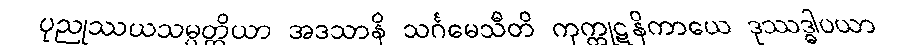
ပုညုဿယသမ္ပတ္တိယာ အဒသာနိ သင်္ဂမေသီတိ ကုက္ကုဋနိကာယေ ဒုဿဒ္ဓါပယာ